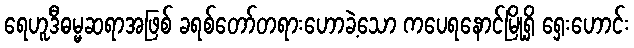
ရေဟူဒီဓမ္မဆရာအဖြစ် ခရစ်တော်တရားဟောခဲ့သော ကပေရနောင်မြို့ရှိ ရှေးဟောင်း